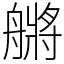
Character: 䒂